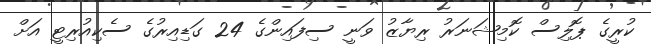
ކުރީގެ ޕޮލިސް ކޮމިޝަނަރު ރިޔާޒު ވަނީ ސިފައިންގެ 24 ގަޑިއިރުގެ ސެކިއުރިޓީ އަށް